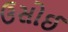
ઉસોઈ